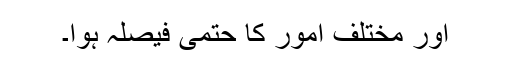
اور مختلف امور کا حتمی فیصلہ ہوا۔